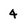
Character: 4